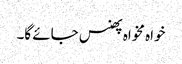
خواہ مخواہ پھنس جائے گا۔